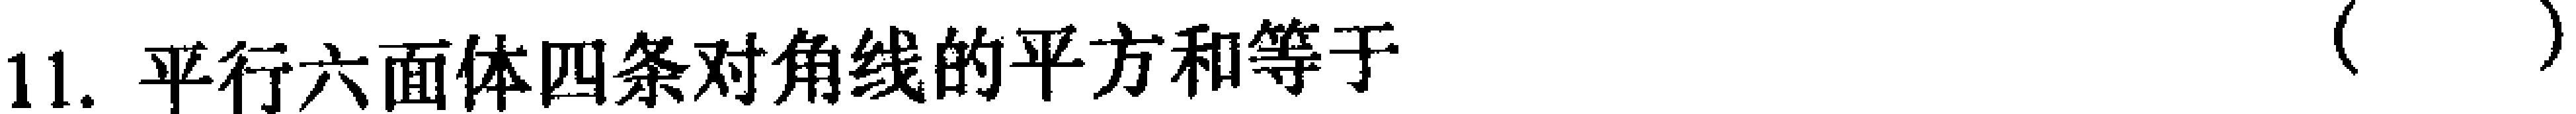
11. 平行六面体四条对角线的平方和等于（  ）